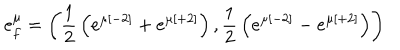
e _ { f } ^ { \mu } = \left( { \frac { 1 } { 2 } } \left( e ^ { \mu [ - 2 ] } + e ^ { \mu [ + 2 ] } \right) , { \frac { 1 } { 2 } } \left( e ^ { \mu [ - 2 ] } - e ^ { \mu [ + 2 ] } \right) \right)